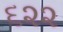
૬૨૨